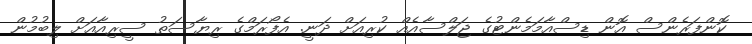
ކޮންފަރެންސް އޮން ޑިސްއާމަމެންޓުގެ ޖަލްސާއެއް ކުރިއަށް ދަނީ. އެފޯރަމްގެ ރިޔާސަތު ސީރިއާއަށް ލިބުމުން